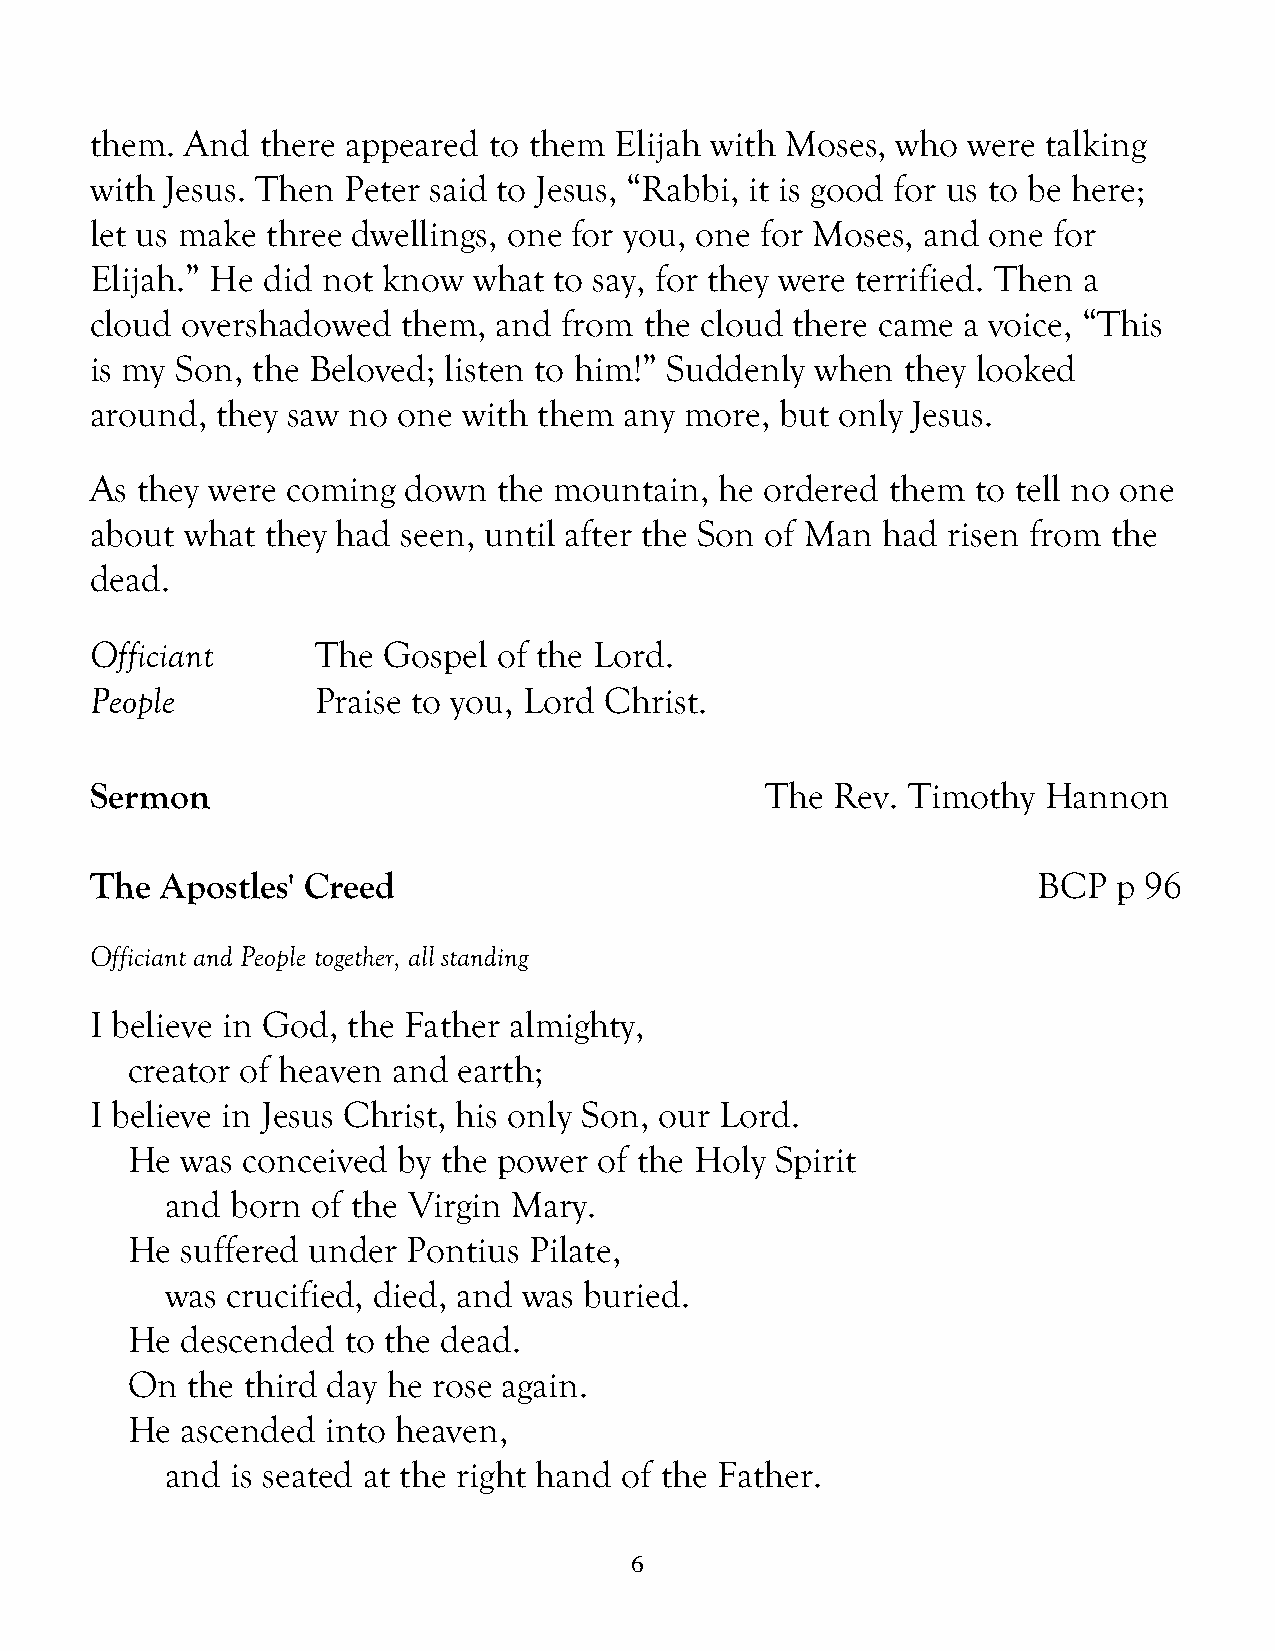
them. And  there appeared to them  Elijah with Moses, who were talking
 with Jesus. Then Peter said to Jesus, “Rabbi, it is good for us to be here;
 let us make three dwellings, one for you, one for Moses, and one for
 Elijah.” He did not know what  to say, for they were terrified. Then a
 cloud overshadowed   them, and from  the cloud there came a voice, “This
 is my Son, the Beloved; listen to him!” Suddenly when they looked
 around, they saw no one  with them any more,  but only Jesus.
 As they were coming  down  the mountain,  he ordered them  to tell no one
 about what  they had seen, until after the Son of Man had risen from the
 dead.
 Officiant      The Gospel  of the Lord.
 People         Praise to you, Lord Christ.
 Sermon                                       The Rev. Timothy  Hannon
 The  Apostles' Creed                                           BCP  p 96
 Officiant and People together, all standing
 I believe in God, the Father almighty,
 creator of heaven and earth;
 I believe in Jesus Christ, his only Son, our Lord.
 He  was conceived by the power  of the Holy Spirit
 and born  of the Virgin Mary.
 He  suffered under Pontius Pilate,
 was crucified, died, and was buried.
 He  descended  to the dead.
 On  the third day he rose again.
 He  ascended  into heaven,
 and is seated at the right hand of the Father.
 6